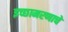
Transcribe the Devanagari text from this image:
इच्छामरणाचे